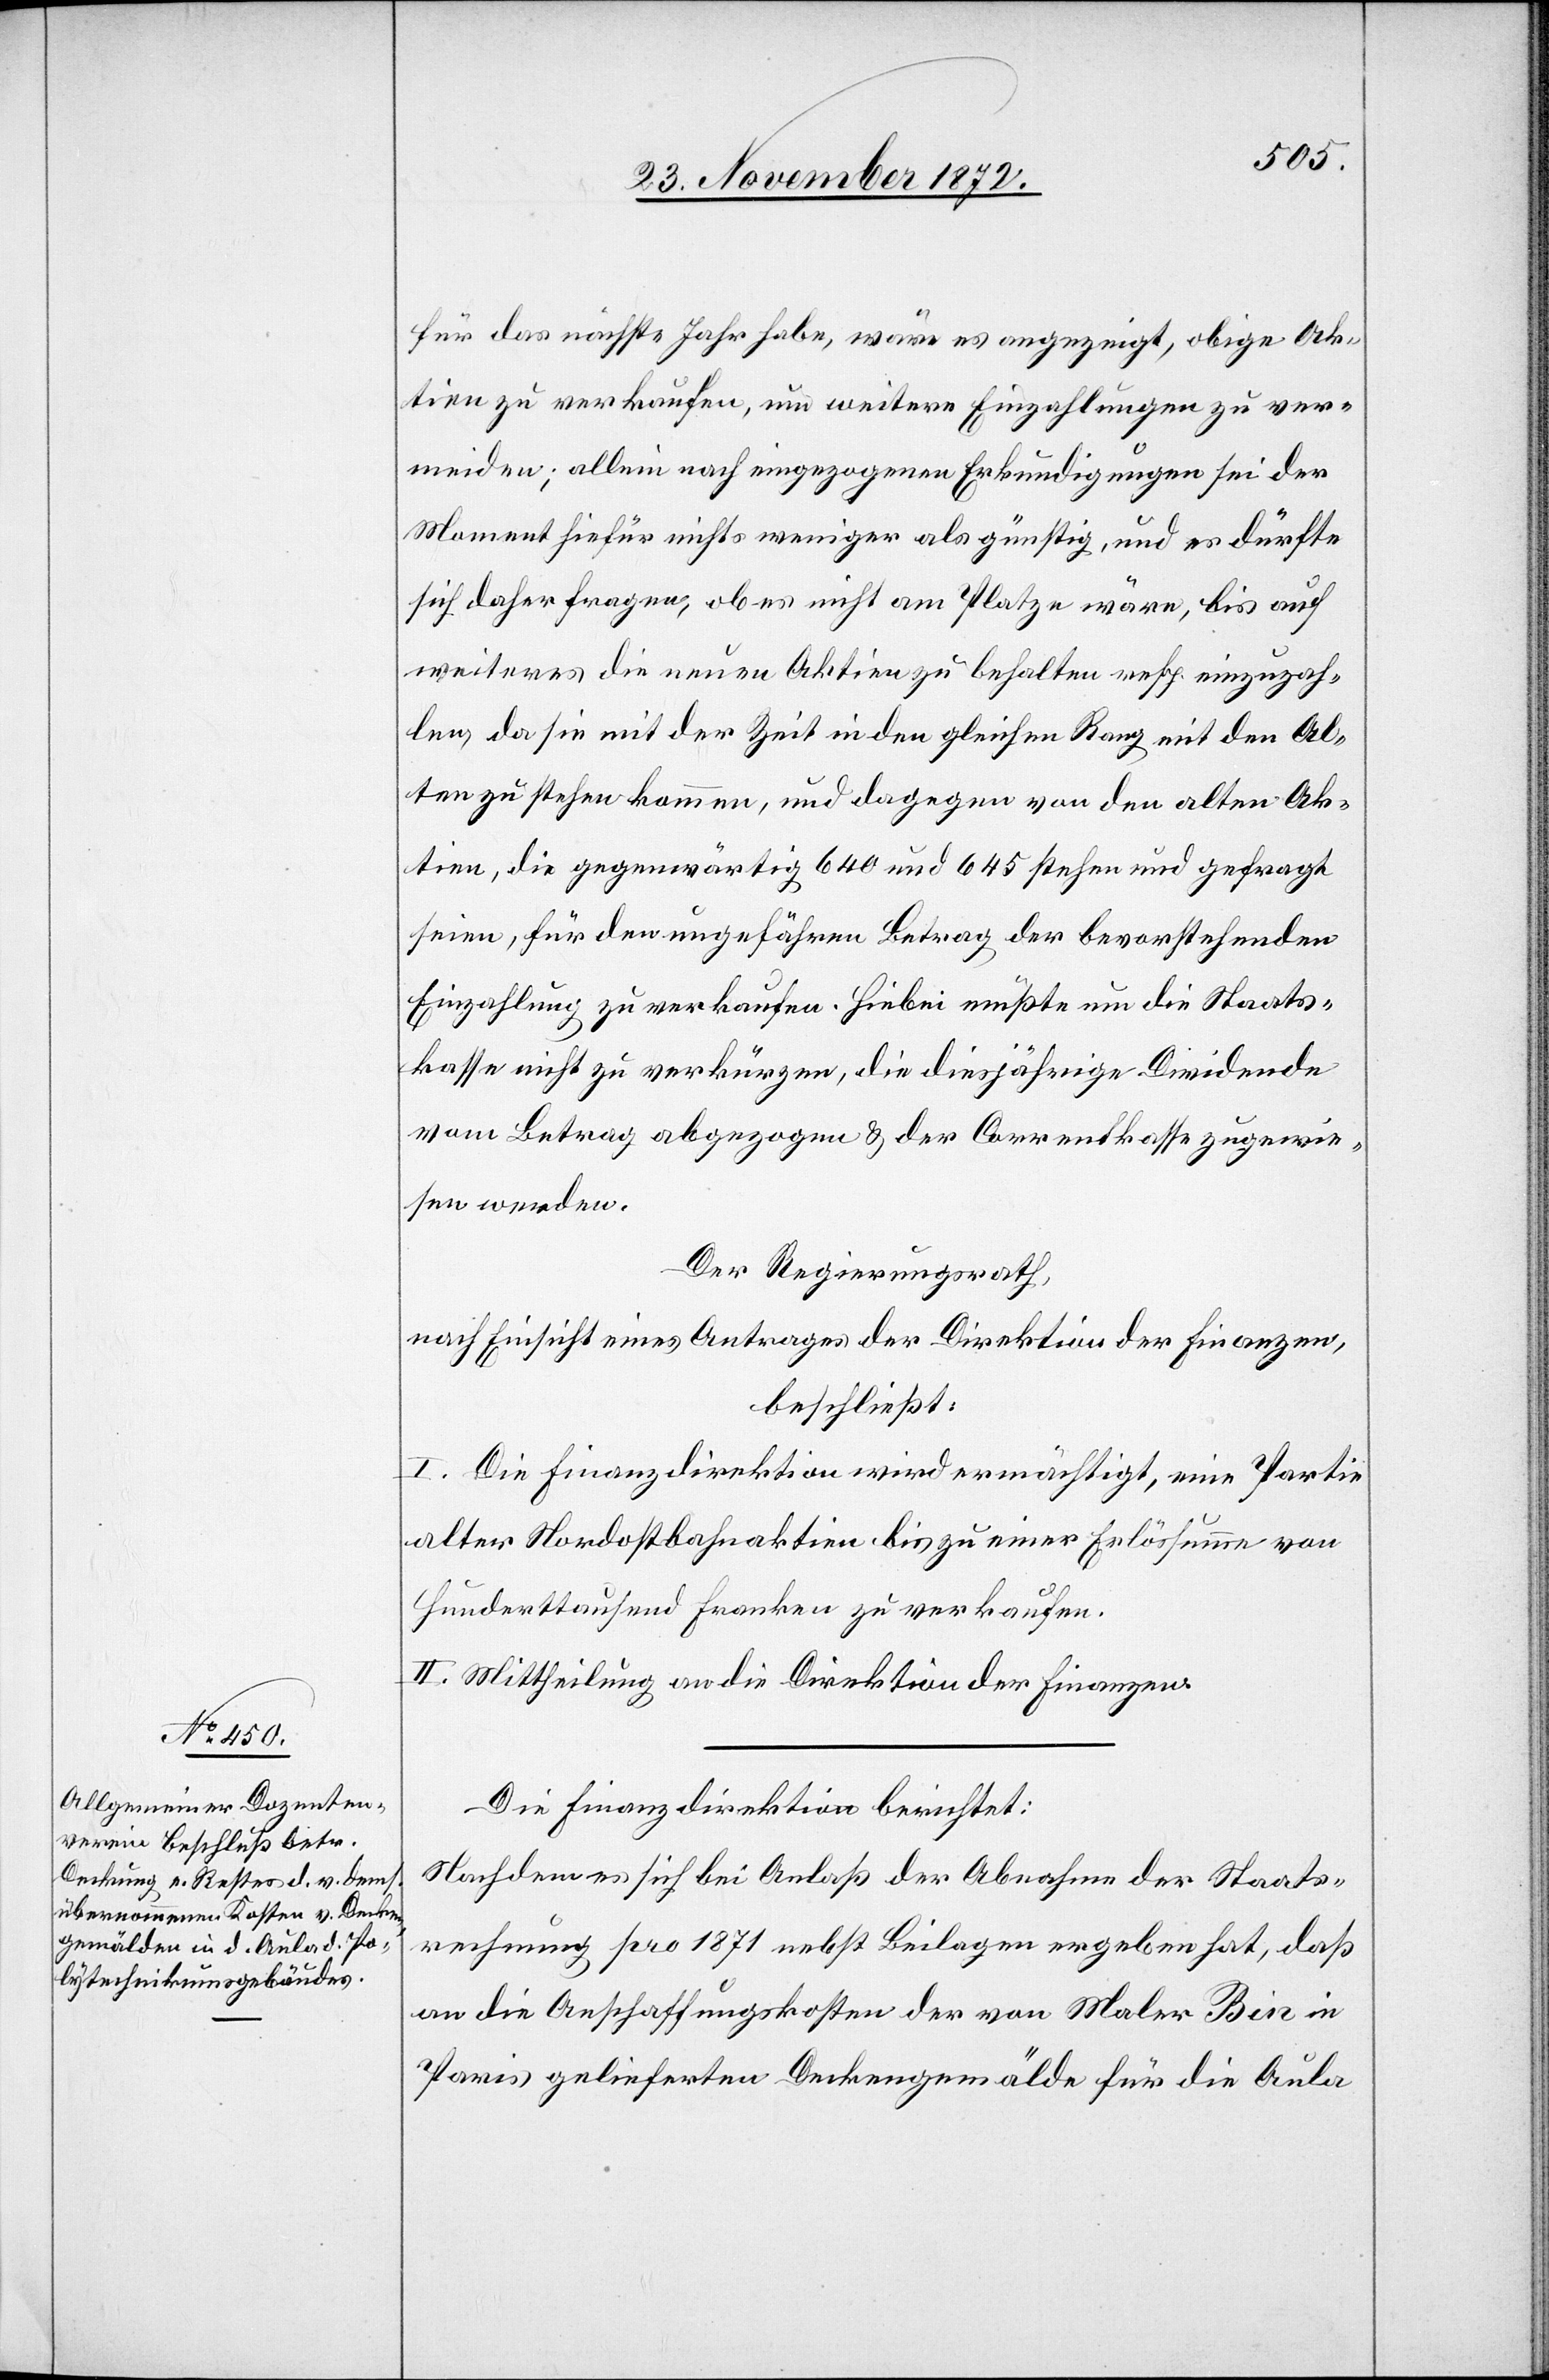
für das nächste Jahr habe, wäre es angezeigt, obige Ak¬
tien zu verkaufen, um weitere Einzahlungen zu ver¬
meiden; allein nach eingezogenen Erkundigungen sei der
Moment hiefür nichts weniger als günstig, und es dürfte
sich daher fragen, ob es nicht am Platze wäre, bis auf
weiteres die neuen Aktien zu behalten resp. einzuzah¬
len, da sie mit der Zeit in den gleichen Rang mit den Al¬
ten zu stehen kommen, und dagegen von den alten Ak¬
tien, die gegenwärtig 640 und 645 stehen und gefragt
seien, für den ungefähren Betrag der bevorstehenden
Einzahlung zu verkaufen. Hiebei müßte um die Staats¬
kasse nicht zu verkürzen, die diesjährige Dividende
vom Betrag abgezogen u. der Correntkasse zugewie¬
sen werden.
Der Regierungsrath,
nach Einsicht eines Antrages der Direktion der Finanzen,
beschließt:
I. Die Finanzdirektion wird ermächtigt, eine Partie
alter Nordostbahnaktien bis zu einer Erlössumme von
hunderttausend Franken zu verkaufen.
II. Mittheilung an die Direktion der Finanzen.
Die Finanzdirektion berichtet:
Nachdem es sich bei Anlaß der Abnahme der Staats¬
rechnung pro 1871 nebst Beilagen ergeben hat, daß
an die Anschaffungskosten der von Maler Bin in
Paris gelieferten Deckengemälde für die Aula